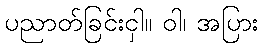
ပညာတ်ခြင်းငှါ။ ဝါ၊ အပြား